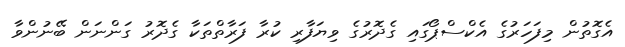
އެގޮތުން މިފަހަރުގެ އެކްސްޕޯގައި ގެދޮރުގެ ވިޔަފާރި ކުރާ ފަރާތްތަކާ ގެދޮރު ގަންނަން ބޭނުންވާ